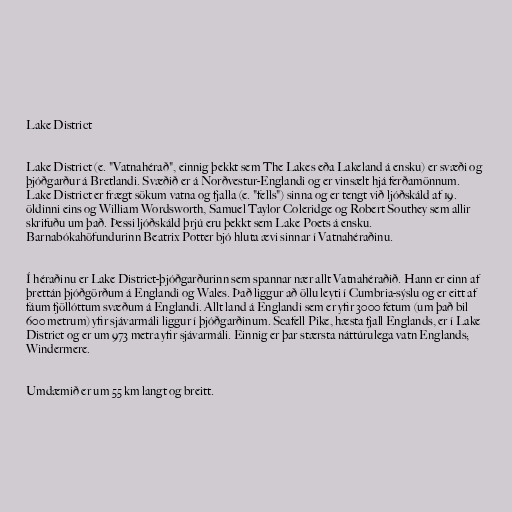
Lake District

Lake District (e. "Vatnahérað", einnig þekkt sem The Lakes eða Lakeland á ensku) er svæði og
þjóðgarður á Bretlandi. Svæðið er á Norðvestur-Englandi og er vinsælt hjá ferðamönnum.
Lake District er frægt sökum vatna og fjalla (e. "fells") sinna og er tengt við ljóðskáld af 19.
öldinni eins og William Wordsworth, Samuel Taylor Coleridge og Robert Southey sem allir
skrifuðu um það. Þessi ljóðskáld þrjú eru þekkt sem Lake Poets á ensku.
Barnabókahöfundurinn Beatrix Potter bjó hluta ævi sinnar í Vatnahéraðinu.

Í héraðinu er Lake District-þjóðgarðurinn sem spannar nær allt Vatnahéraðið. Hann er einn af
þrettán þjóðgörðum á Englandi og Wales. Það liggur að öllu leyti í Cumbria-sýslu og er eitt af
fáum fjöllóttum svæðum á Englandi. Allt land á Englandi sem er yfir 3000 fetum (um það bil
600 metrum) yfir sjávarmáli liggur í þjóðgarðinum. Scafell Pike, hæsta fjall Englands, er í Lake
District og er um 973 metra yfir sjávarmáli. Einnig er þar stærsta náttúrulega vatn Englands;
Windermere.

Umdæmið er um 55 km langt og breitt.